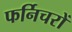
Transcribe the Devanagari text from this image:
फर्निचरों